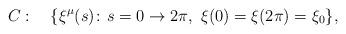
LaTeX: \begin{align*}C: \ \ \ \{\xi^\mu(s) \colon s = 0 \rightarrow 2\pi,\ \xi(0) = \xi(2\pi) = \xi_0 \},\end{align*}